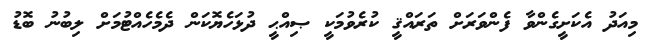
މިއަދު އެކަށީގެންވާ ފެންވަރަށް ތަރައްޤީ ކުރެވުމަކީ ޞިއްޙީ ދުޅަހެޔޮކަން ދެމެހެއްޓުމަށް ލިބުނު ބޮޑު